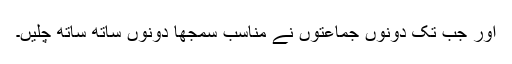
اور جب تک دونوں جماعتوں نے مناسب سمجھا دونوں ساتھ ساتھ چلیں۔